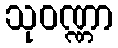
သုဝဏ္ဏာ